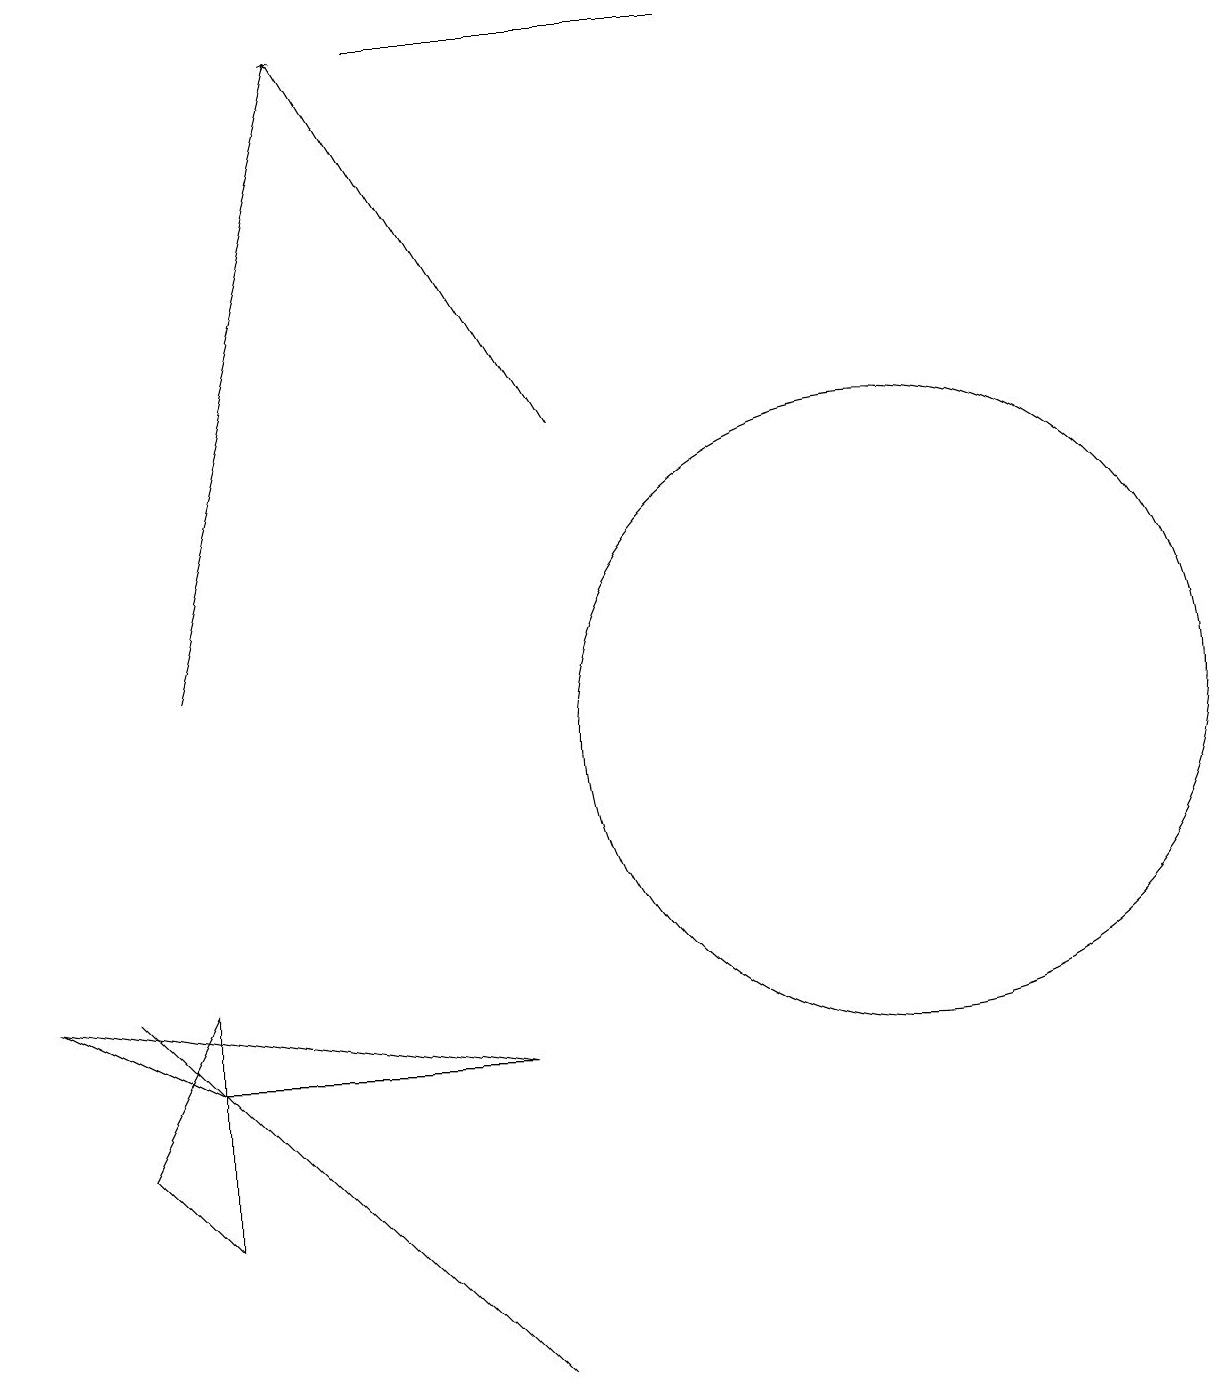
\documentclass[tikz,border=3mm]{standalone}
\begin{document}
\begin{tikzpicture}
\draw (2,7) -- (1,5) -- (2,4) -- cycle;
\draw (11,10) circle (4);
\draw (1,7) -- (1,7) -- (6,2) -- cycle;
\draw[->] (2,11) -- (4,19);
\draw[->] (7,14) -- (4,19);
\draw (2,6) -- (0,7) -- (6,6) -- cycle;
\draw (9,19) rectangle (5,19);
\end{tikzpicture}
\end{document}